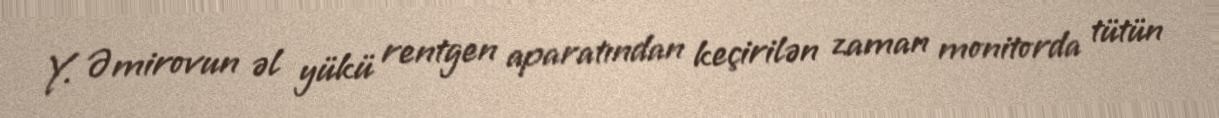
Y. Əmirovun əl yükü rentgen aparatından keçirilən zaman monitorda tütün